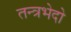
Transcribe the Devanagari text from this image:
तन्त्रभेदो